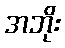
အဘိုး